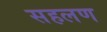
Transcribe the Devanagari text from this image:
सहलण